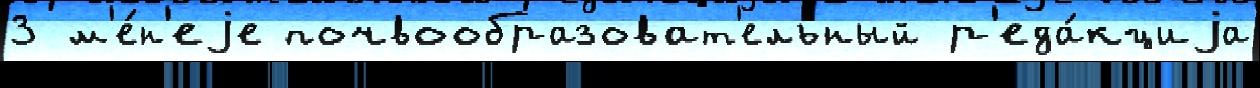
3 м'е́н'еjе почвообразоват'ельный р'еда́кциjа